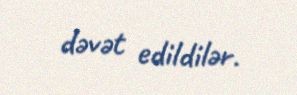
dəvət edildilər.